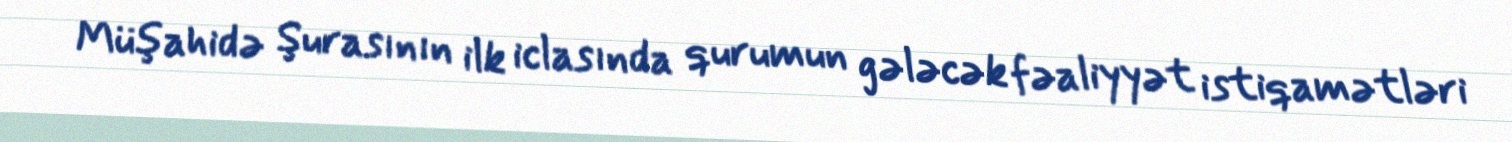
Müşahidə Şurasının ilk iclasında qurumun gələcək fəaliyyət istiqamətləri